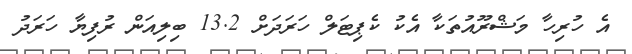
އެ ހުރިހާ މަޝްރޫއުތަކާ އެކު ކެޕިޓަލް ހަރަދަށް 13.2 ބިލިއަން ރުފިޔާ ހަރަދު